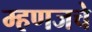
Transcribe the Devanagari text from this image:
म्हणजचे